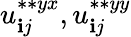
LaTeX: u_{\mathbf{i}j}^{\ast\ast{yx}},u_{\mathbf{i}j}^{\ast\ast{yy}}